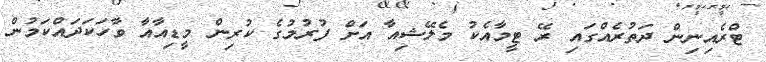
ޓްރެއިނިން ދަތުރެއްގައި ރޭ ޓީމާއެކު މެލޭޝިއާ އަށް ފުރުމުގެ ކުރިން މީޑިއާއާ ވާހަކަދައްކަމުން